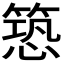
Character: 𮅱